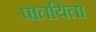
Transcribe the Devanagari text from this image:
पातयिता